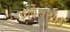
જોતરાઈ